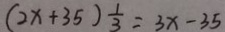
( 2 x + 3 5 ) \frac { 1 } { 3 } = 3 x - 3 5